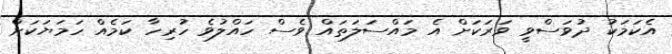
އެކަމަކު ދުވަސްވީ ވަރަކަށް އެ މައްސަލަތައް ވެސް ހައްލުވެ ހުރިހާ ކަމެއް ހަމަޔަކަށް